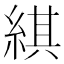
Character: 綨